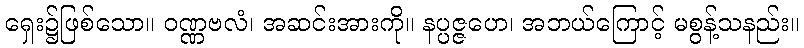
ရှေး၌ဖြစ်သော။ ဝဏ္ဏဗလံ၊ အဆင်းအားကို။ နပ္ပဇ္ဇဟေ၊ အဘယ်ကြောင့် မစွန့်သနည်း။